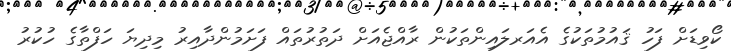
ކޯވިޑަށް ފަހު ޤައުމުތަކުގެ އެއަރލައިންތަކުން ރާއްޖެއަށް ދަތުރުތައް ފަށަމުންދާއިރު މިދިޔަ ހަފްތާގެ ހުކުރު